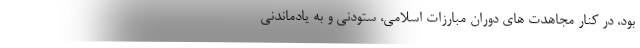
بود، در کنار مجاهدت های دوران مبارزات اسلامی، ستودنی و به یادماندنی